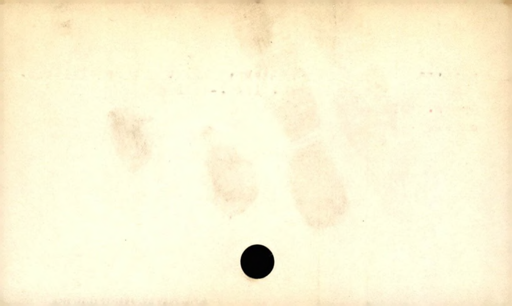
Label: divider